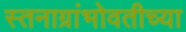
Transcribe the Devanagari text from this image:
स्तनाग्रांभोवतीच्या